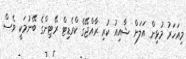
މިއަހަރު މުޅިން އަލަށް ޝާއިއު ކުރި ރާއްޖޭގެ ކްރެޑިޓް ރޭޓިންގެ ބޭނުމަކީ ވެސް